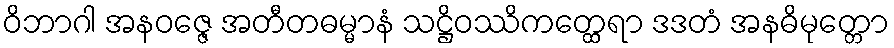
ဝိဘာဂါ အနဝဇ္ဇေ အတီတဓမ္မာနံ သဋ္ဌိဝဿိကတ္ထေရာ ဒဒတံ အနဓိမုတ္တော